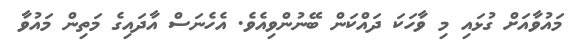
މައުވާއަށް ގުޅައި މި ވާހަކަ ދައްކަން ބޭނުންވިއެވެ. އެހެނަސް އާދައިގެ މަތިން މައުވާ